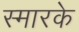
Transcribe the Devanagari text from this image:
स्‍मारके